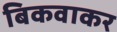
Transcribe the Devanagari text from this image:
बिकवाकर